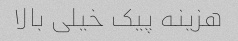
هزینه پیک خیلی بالا